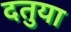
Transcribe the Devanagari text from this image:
दतुया